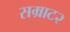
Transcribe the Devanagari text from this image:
सम्राट२